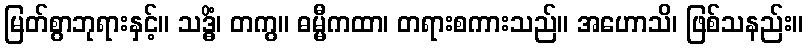
မြတ်စွာဘုရားနှင့်။ သဒ္ဓိံ၊ တကွ။ ဓမ္မီကထာ၊ တရားစကားသည်။ အဟောသိ၊ ဖြစ်သနည်း။